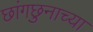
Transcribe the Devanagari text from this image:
छांगछुनाच्या